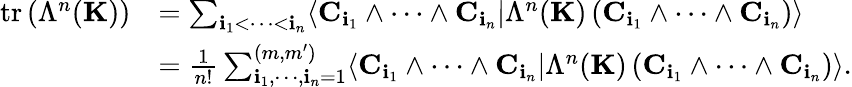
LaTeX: \begin{array}{rl}{\mathrm{tr}\left(\Lambda^{n}({\mathbf K})\right)}&{=\sum_{{\mathbf i}_{1}<\cdots<{\mathbf i}_{n}}\langle{\mathbf C}_{{\mathbf i}_{1}}\wedge\cdots\wedge{\mathbf C}_{{\mathbf i}_{n}}|\Lambda^{n}({\mathbf K})\left({\mathbf C}_{{\mathbf i}_{1}}\wedge\cdots\wedge{\mathbf C}_{{\mathbf i}_{n}}\right)\rangle}\\ &{=\frac{1}{n!}\sum_{{\mathbf i}_{1},\cdots,{\mathbf i}_{n}=1}^{(m,m^{\prime})}\langle{\mathbf C}_{{\mathbf i}_{1}}\wedge\cdots\wedge{\mathbf C}_{{\mathbf i}_{n}}|\Lambda^{n}({\mathbf K})\left({\mathbf C}_{{\mathbf i}_{1}}\wedge\cdots\wedge{\mathbf C}_{{\mathbf i}_{n}}\right)\rangle.}\end{array}